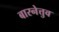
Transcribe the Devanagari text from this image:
बारनेत्तुव